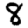
Digit: 8